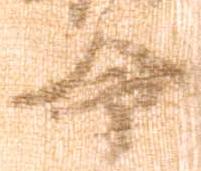
命